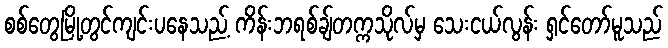
စစ်တွေမြို့တွင်ကျင်းပနေသည့် ကိန်းဘရစ်ချ်တက္ကသိုလ်မှ သေးငယ်လွန်း ရှင်တော်မူသည်